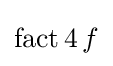
\operatorname {fact} 4\,f